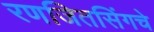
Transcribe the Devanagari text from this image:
रणजितसिंगचे